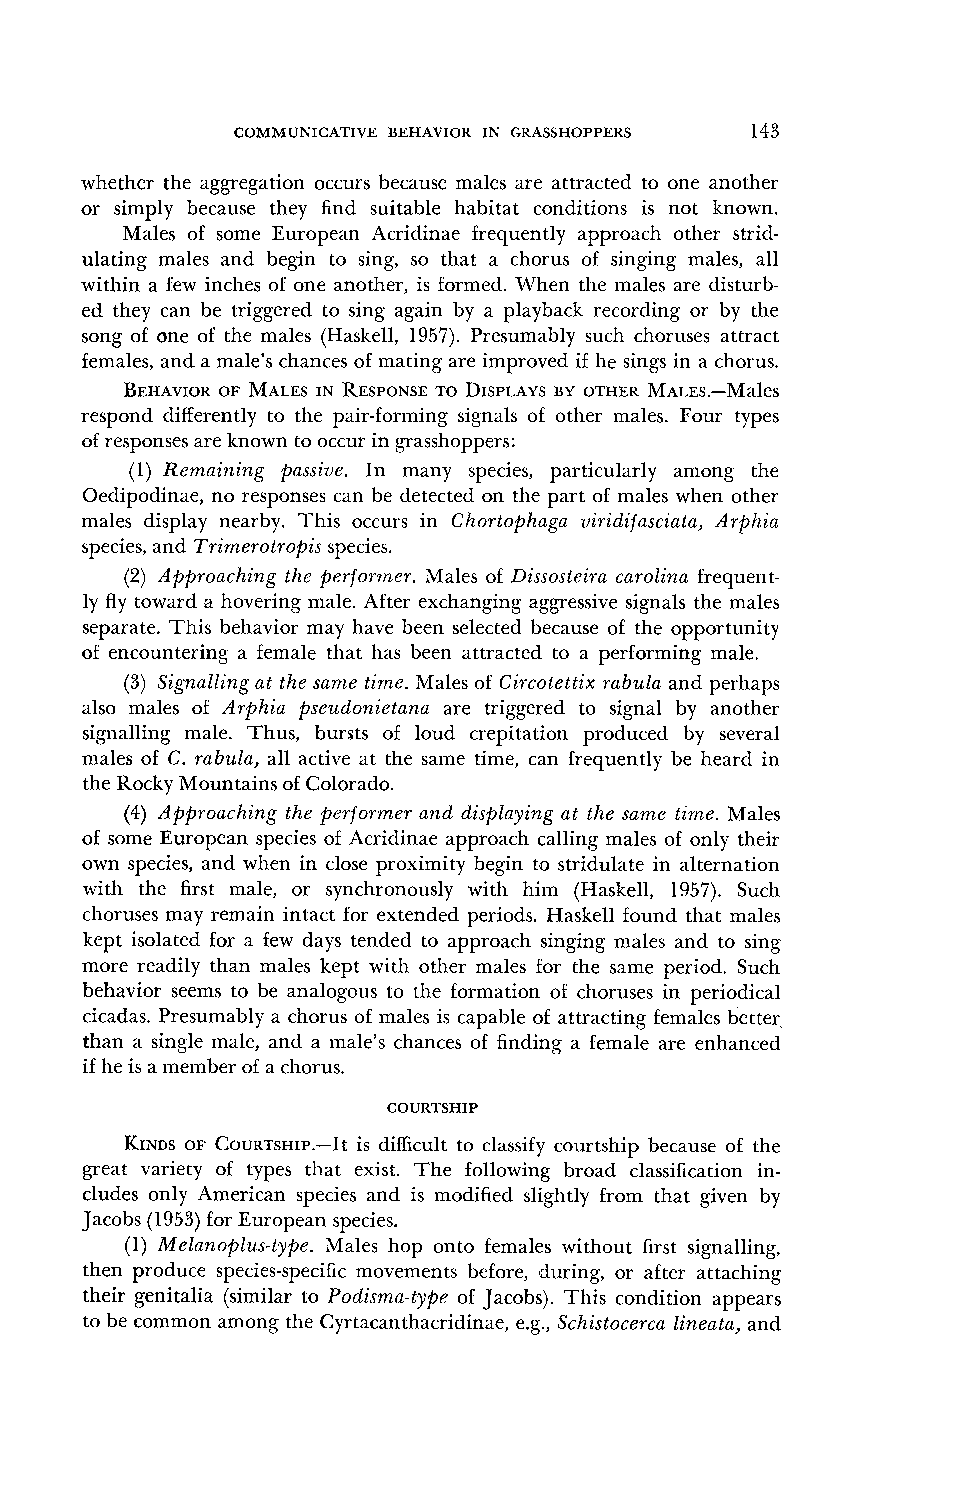
COMMUNICATIVE BEHAVIOR IN GRASSHOPPERS 143
 whether the aggregation occurs because males are attracted to one another
 or simply because they find suitable habitat conditions is not known.
 Males of some European Acridinae frequently approach other strid-
 ulating males and begin to sing, so that a chorus of singing males, all
 within a few inches of one another, is formed. When the males are disturb-
 ed they can be triggered to sing again by a playback recording or by the
 song of one of the males (Haskell, 1957). Presumably such choruses attract
 females, and a male's chances of mating are improved if he sings in a chorus.
 BEHAVIOORF MALESIN RESPONSTEO DISPLAYBSY OTHER M~rxs.-Males
 respond differently to the pair-forming signals of other males. Four types
 of responses are known to occur in grasshoppers:
 (1) Remaining passive. In many species, particularly among the
 Oedipodinae, no responses can be detected on the part of males when other
 males display nearby. This occurs in Chortophaga viridifasciata, Arphia
 species, and Trimerotropis species.
 (2) Approaching the performer. Males of Dissosteira carolina frequent-
 ly fly toward a hovering male. After exchanging aggressive signals the males
 separate. This behavior may have been selected because of the opportunity
 of encountering a female that has been attracted to a performing male.
 (3) Signalling at the same tirne. Males of Circotettix rabula and perhaps
 also males of Arphia pseudonietana are triggered to signal by another
 signalling male. Thus, bursts of loud crepitation produced by several
 males of C. rabula, all active at the same time, can frequently be heard in
 the Rocky Mountains of Colorado.
 (4) Approaching the performer and displayin,g at the same tirne. Males
 of some European species of Acridinae approach calling males of only their
 own species, and when in close proximity begin to stridulate in alternation
 with the first male, or synchronously with him (Haskell, 19.57). Such
 choruses may remain intact for extended periods. Haskell found that males
 kept isolated for a few days tended to approach singing males and to sing
 more readily than males kept with other males for the same period. Such
 behavior seems to be analogous to the formation of choruses in periodical
 cicadas. Presumably a chorus of males is capable of attracting females better,
 than a single male, and a male's chances of finding a female are enhanced
 if he is a member of a chorus.
 COURTSHIP
 KINDSO F COURTSHIP.-Iits difficult to classify courtship because of the
 great variety of types that exist. The following broad classification in-
 cludes only American species and is modified slightly from that given by
 Jacobs (1953) for European species.
 (1) Melanoplus-type. Males hop onto females without first signalling,
 then produce species-specific movements before, during, or after attaching
 their genitalia (similar to Podisma-type of Jacobs). This condition appears
 to be common among the Cyrtacanthacridinae, e.g., Schistocerca lineata, and